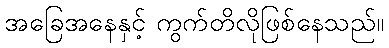
အခြေအနေနှင့် ကွက်တိလိုဖြစ်နေသည်။